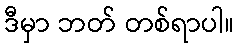
ဒီမှာ ဘတ် တစ်ရာပါ။